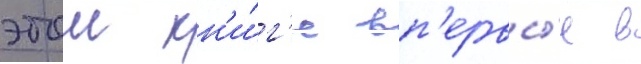
этои кн'и́г'е вп'ервы́е в